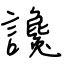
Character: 讒